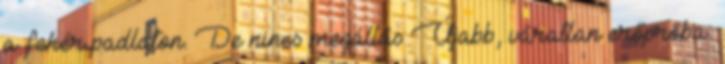
a fehér padlaton. De nincs megállás Újabb, váratlan erőpróba: